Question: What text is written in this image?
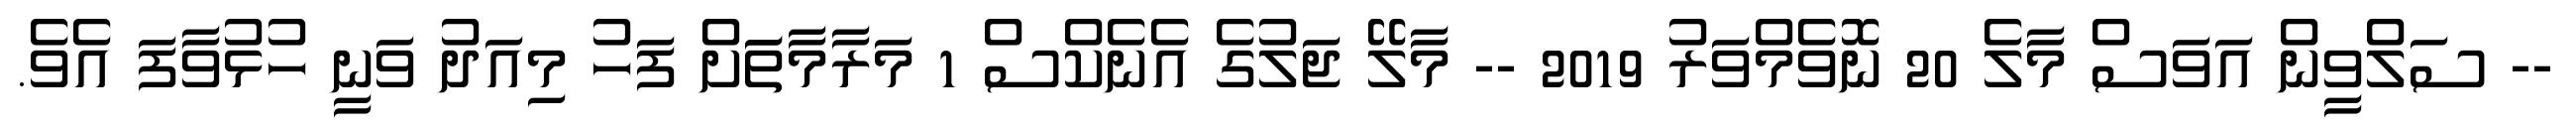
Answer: -- ސަލްވީން އަވަސް މާލެ 20 ނޮވެމްވަރު 2019 -- މާލޭ ޖަލުގެ އެނެކްސް 1 މަރާމާތަަށް ފަހު މިއަދު ވަނީ ހުޅުވާފަ އެވެ.